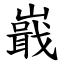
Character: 嶯